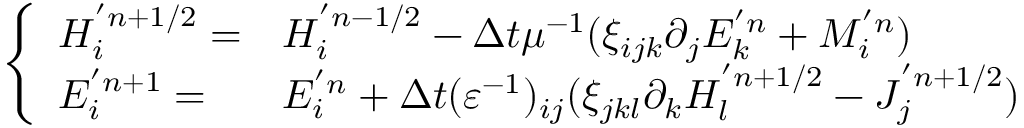
\left\{ \begin{array} { l l } { H _ { i } ^ { ' n + 1 / 2 } = } & { H _ { i } ^ { ' n - 1 / 2 } - \Delta t \mu ^ { - 1 } ( \xi _ { i j k } \partial _ { j } E _ { k } ^ { ' n } + M _ { i } ^ { ' n } ) } \\ { E _ { i } ^ { ' n + 1 } = } & { E _ { i } ^ { ' n } + \Delta t ( \varepsilon ^ { - 1 } ) _ { i j } ( \xi _ { j k l } \partial _ { k } H _ { l } ^ { ' n + 1 / 2 } - J _ { j } ^ { ' n + 1 / 2 } ) } \end{array} \right.